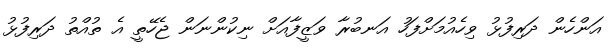
އަންހެން ދަރިފުޅު ވިހެއުމަށްފަހު އަނބުރާ ވަޒީފާއަށް ނިކުންނަން ޖެހޭތީ އެ ތުއްތު ދަރިފުޅު